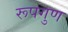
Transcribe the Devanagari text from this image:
रूपगुण